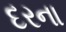
દરના